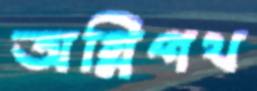
অগ্নিপথ